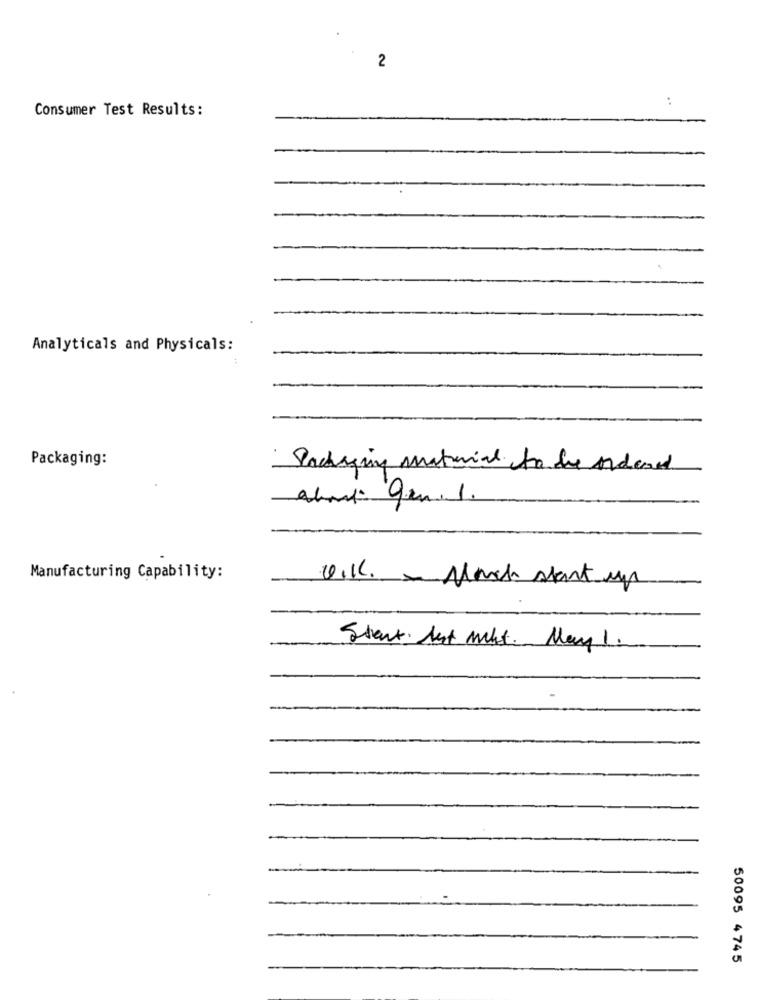
2
Consumer Test Results:
Analyticals and Physicals:
..
Packaging:
Packaging material to be ordered
Manufacturing Capability:
U.K. - March start up
Start. Aut mkt. May 1.
50095 4745